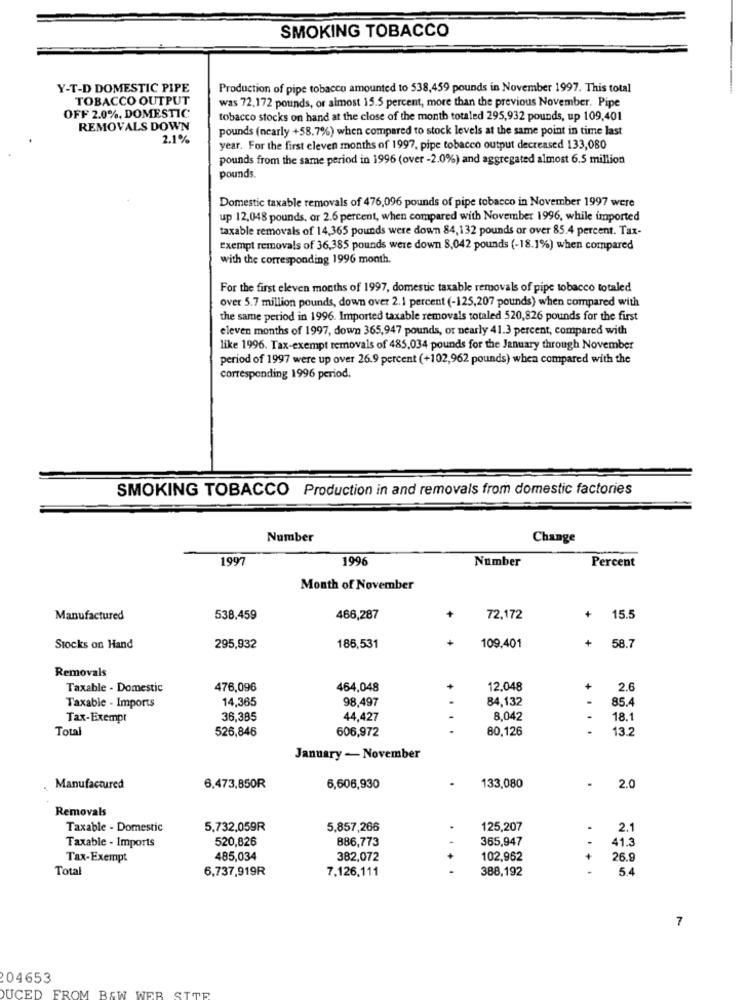
SMOKING TOBACCO
Y-T-D DOMESTIC PIPE
Production of pipe tobacco amounted to 538,459 pounds in November 1997. This total
TOBACCO OUTPUT
was 72,172 pounds, or almost 15.5 percent, more than the previous November. Pipe
OFF 2.0%, DOMESTIC
tobacco stocks on hand at the close of the month totaled 295,932 pounds, up 109,401
REMOVALS DOWN
pounds (nearly +58.7%) when compared to stock levels at the same point in time last
2.1%
year. For the first cleven months of 1997, pipe tobacco output decreased 133,080
pounds from the same period in 1996 (over -2.0%) and aggregated almost 6.5 million
pounds.
Domestic taxable removals of 476,096 pounds of pipe tobacco in November 1997 were
up 12,048 pounds, or 2.6 percent, when compared with November 1996, while imported
taxable removals of 14,365 pounds were down 84,132 pounds or over 85.4 percent. Tax-
Exempt removals of 36,385 pounds were down 8,042 pounds (-18.1%) when compared
with the corresponding 1996 month.
For the first eleven months of 1997, domestic taxable removals of pipe tobacco totaled
over 5.7 million pounds, down over 2. 1 percent (-125,207 pounds) when compared with
the same period in 1996. Imported taxable removals totaled 520,826 pounds for the first
eleven months of 1997, down 365,947 pounds, or nearly 41.3 percent, compared with
like 1996. Tax-exempt removals of 485,034 pounds for the January through November
period of 1997 were up over 26.9 percent (+102,962 pounds) when compared with the
corresponding 1996 period.
SMOKING TOBACCO Production in and removals from domestic factories
Number
Change
1997
1996
Number
Percent
Month of November
Manufactured
538,459
466,287
+
72,172
+
15.5
+
+
Stocks on Hand
295,932
186,531
109.401
58.7
Removals
Taxable - Domestic
476,096
464,048
12,048
+
2.6
14,365
98,497
84,132
85.4
Taxable - Imports
Tax-Exempt
36,385
44,427
8,042
-
18.1
Total
526,846
606,972
80,126
13.2
January - November
Manufactured
6.473,850R
6,606,930
133,080
.
2.0
Removals
Taxable - Domestic
5.732,059R
5,857,266
125,207
2.1
Taxable - Imports
520,826
886,773
365,947
41.3
Tax-Exempt
485,034
382,072
102,962
+
26.9
Total
6,737,919R
7.126,111
388,192
5.4
7
204653
DUCED FROM BAW WEB SITE